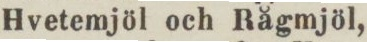
Hvetemjöl och Rågmjöl,